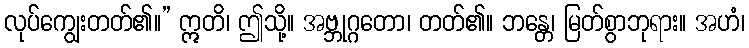
လုပ်ကျွေးတတ်၏။” ဣတိ၊ ဤသို့။ အဗ္ဘုဂ္ဂတော၊ တတ်၏။ ဘန္တေ၊ မြတ်စွာဘုရား။ အဟံ၊